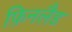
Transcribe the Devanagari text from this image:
फ़िनलैड